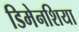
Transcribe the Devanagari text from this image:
डिमेनशिया